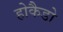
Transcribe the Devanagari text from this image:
होकैडो